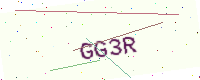
Text: GG3R